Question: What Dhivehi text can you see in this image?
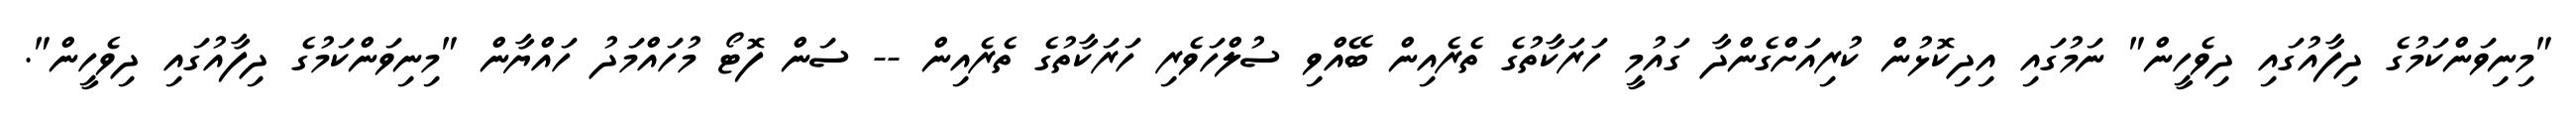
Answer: "މިނިވަންކަމުގެ ދިފާއުގައި ދިވެހީން" ނަމުގައި އިދިކޮޅުން ކުރިއަށްގެންދާ ގައުމީ ހަރަކާތުގެ ތެރެއިން ބޭއްވި ސުލްހަވެރި ހަރަކާތުގެ ތެރެއިން -- ސަން ފޮޓޯ މުހައްމަދު ހައްޔާން "މިނިވަންކަމުގެ ދިފާއުގައި ދިވެހީން".